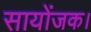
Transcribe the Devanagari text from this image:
सायोंजक।